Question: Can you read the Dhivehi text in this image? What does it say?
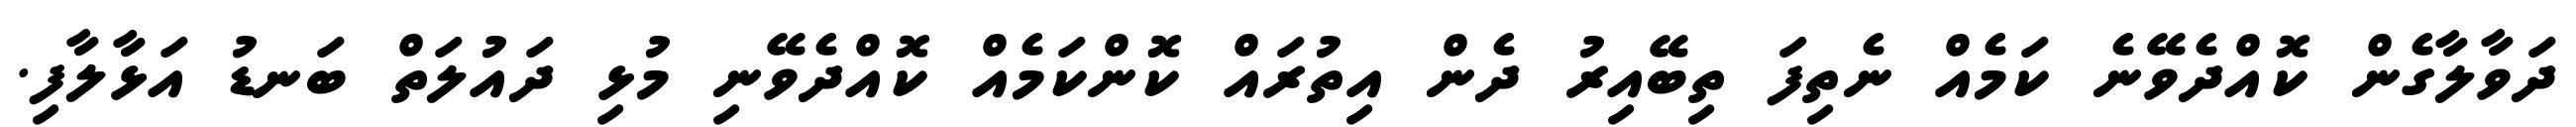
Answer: ދަވާލާގެން ކޮއްދެވޭނެ ކަމެއް ނެތިފަ ތިބޭއިރު ދެން އިތުރައް ކޮންކަމެއް ކޮއްދެވޭނި މުޅި ދައުލަތް ބަނޑު އަޅާލާފި.